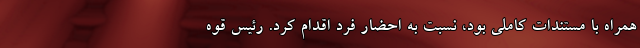
همراه با مستندات کاملی بود، نسبت به احضار فرد اقدام کرد. رئیس قوه